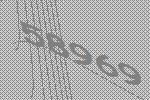
58969